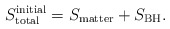
\begin{align*}S_{\rm total}^{\rm initial} = S_{\rm matter} + S_{\rm BH}.\end{align*}